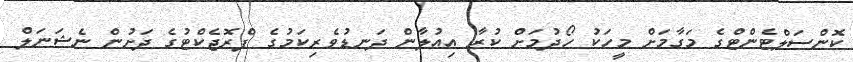
ކޮންސަލްޓެންޓްގެ މަގާމަށް މީހަކު ހޯދުމަށް ކުރާ އިއުލާން ދަނޑުވެރިކަމުގެ ފްރޮޖެކްޓުގެ ދަށުން ނެޝަނަލް